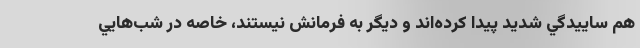
هم ساييدگي شديد پيدا كرده‌اند و ديگر به فرمانش نيستند، خاصه در شب‌هايي